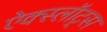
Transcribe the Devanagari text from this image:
ऐक्स्लॉट्स